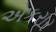
એકરાર